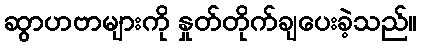
ဆွာဟဗာများကို နှုတ်တိုက်ချပေးခဲ့သည်။